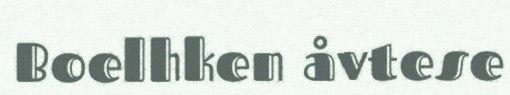
Boelhken åvtese